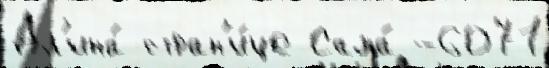
Дл'ина́ стран'и́це Сама́ -6071